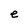
Character: e